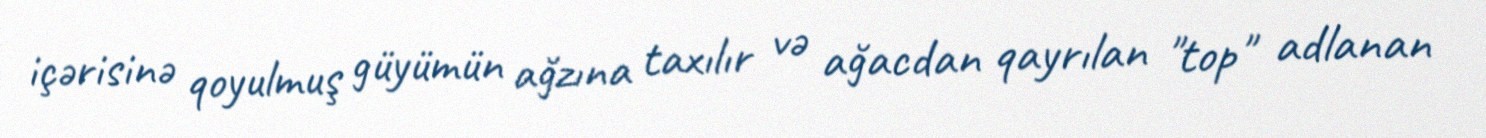
içərisinə qoyulmuş güyümün ağzına taxılır və ağacdan qayrılan "top" adlanan